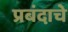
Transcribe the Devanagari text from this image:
प्रबंदाचे